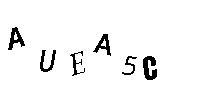
AUEA5C